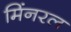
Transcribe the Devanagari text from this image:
मिंनरल